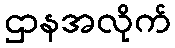
ဌာနအလိုက်